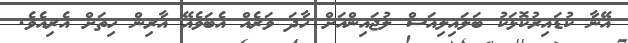
އޭނާ ކުޑައިރުކޮޅަކު ބަލައިލިއަސް ލުޖައިންއަށް ހާދަ ވަރެއް އެބަވެއޭ އާރިން ހިތަށް އެރިއެވެ.